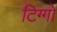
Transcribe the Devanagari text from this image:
टिग्गो